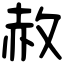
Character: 赦